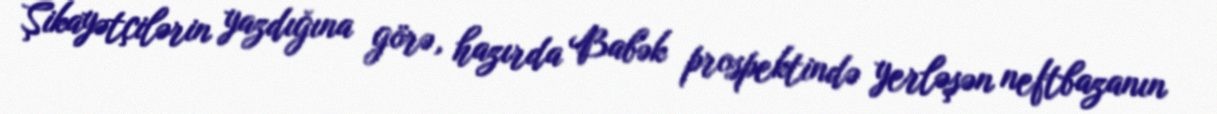
Şikayətçilərin yazdığına görə, hazırda Babək prospektində yerləşən neftbazanın